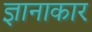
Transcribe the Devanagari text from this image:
ज्ञानाकार